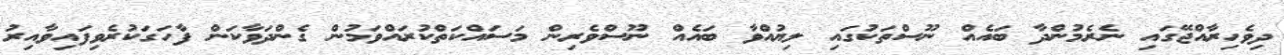
ދިވެހިރާއްޖޭގައި ނެރެމުންދާ ބައެއް ނޫސްތަކުގައި ލިޔުއްވާ ބައެއް ނޫސްވެރިން މަސައްކަތްކުރައްވަމުން ގެންދަވާކަން ފާހަގަކުރެވިފައިވާއިރު